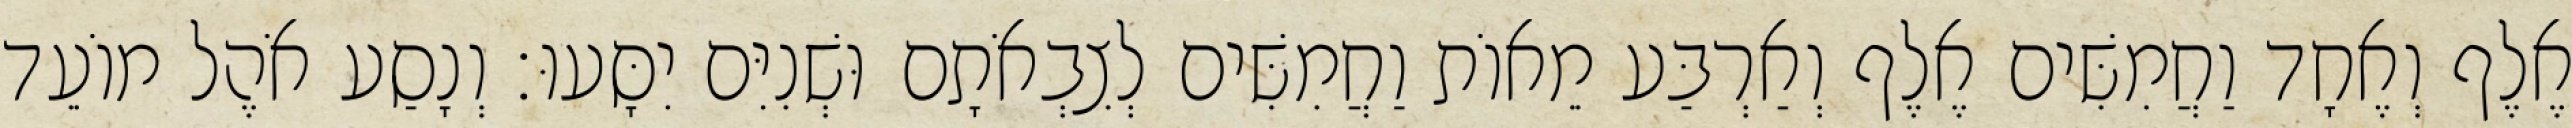
אֶלֶף וְאֶחָד וַחֲמִשִּׁים אֶלֶף וְאַרְבַּע מֵאוֹת וַחֲמִשִּׁים לְצִבְאֹתָם וּשְׁנִיִּם יִסָּעוּ׃ וְנָסַע אֹהֶל מוֹעֵד